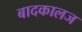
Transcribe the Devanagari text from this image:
बादकालज